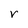
Character: r